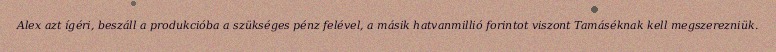
Alex azt ígéri, beszáll a produkcióba a szükséges pénz felével, a másik hatvanmillió forintot viszont Tamáséknak kell megszerezniük.